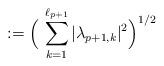
LaTeX: \begin{align*} := \Big(\,\sum_{k=1}^{\ell_{p+1}} |\lambda_{p+1,k}|^2 \Big)^{1/2}\end{align*}